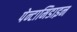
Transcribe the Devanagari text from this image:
पेन्टामिडाइन